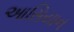
આસિયાન